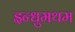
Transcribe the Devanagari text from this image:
इन्धुमथम